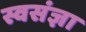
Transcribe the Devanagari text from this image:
स्वसंज्ञा